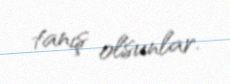
tanış olsunlar.